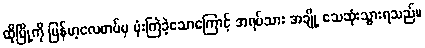
ထိုမြို့ကို မြန်မာ့လေတပ်မှ ဗုံးကြဲခဲ့သောကြောင့် အရပ်သား အချို့ သေဆုံးသွားရသည်။